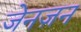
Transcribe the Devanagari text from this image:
जेनज़न